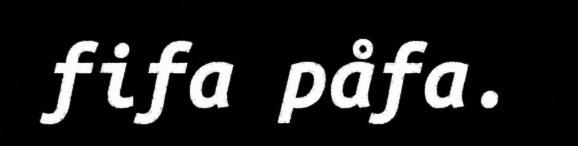
fifa påfa.